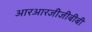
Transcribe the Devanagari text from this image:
आरआरजीजीबीबी